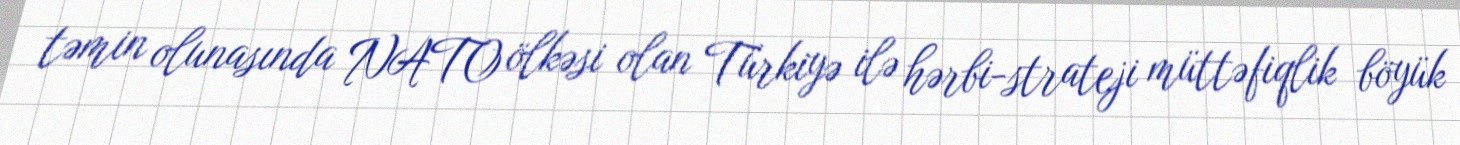
təmin olunasında NATO ölkəsi olan Türkiyə ilə hərbi-strateji müttəfiqlik böyük